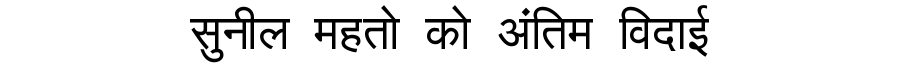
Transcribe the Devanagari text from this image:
सुनील महतो को अंतिम विदाई